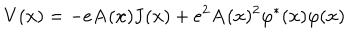
LaTeX: V ( { \bf x } ) = - e { \bf A } ( { \bf x } ) { \bf J } ( { \bf x } ) + e ^ { 2 } { \bf A } ( { \bf x } ) ^ { 2 } \varphi ^ { * } ( { \bf x } ) \varphi ( { \bf x } )